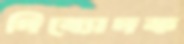
দিব্যোদক